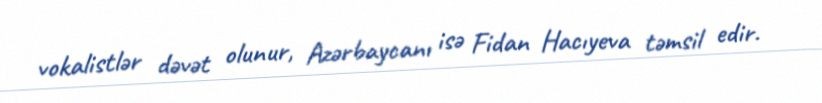
vokalistlər dəvət olunur, Azərbaycanı isə Fidan Hacıyeva təmsil edir.